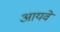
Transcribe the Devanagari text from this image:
आयवे